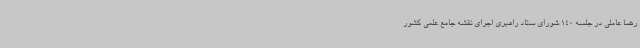
رضا عاملی در جلسه 140 شورای ستاد راهبری اجرای نقشه جامع علمی کشور